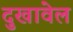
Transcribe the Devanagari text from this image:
दुखावेल